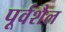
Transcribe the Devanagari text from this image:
पूर्वशैल